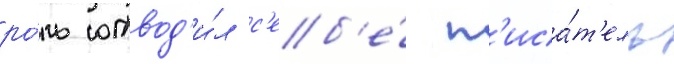
ро́ль отвод'и́л с'еб'е́ п'иса́т'ель